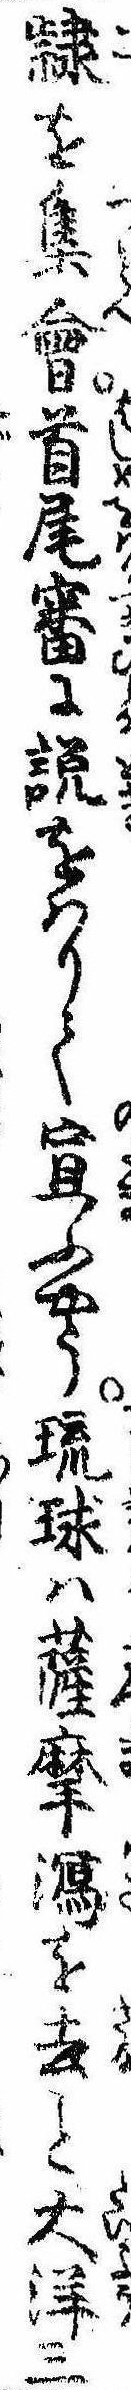
隷を集会首尾審に説をはりて宣ふやう琉球は薩摩潟を去大洋三